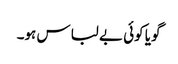
گویا کوئی بے لباس ہو۔